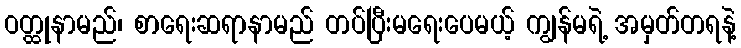
ဝတ္ထုနာမည်၊ စာရေးဆရာနာမည် တပ်ပြီးမရေးပေမယ့် ကျွန်မရဲ့ အမှတ်တရနဲ့